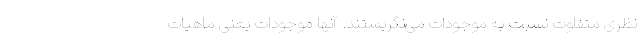
نظری متفاوت نسبت به موجودات می‌نگریستند. آنها موجودات یعنی ماهیات